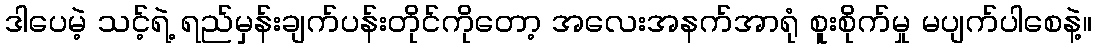
ဒါပေမဲ့ သင့်ရဲ့ ရည်မှန်းချက်ပန်းတိုင်ကိုတော့ အလေးအနက်အာရုံ စူးစိုက်မှု မပျက်ပါစေနဲ့။